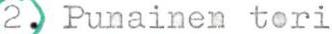
2. Punainen tori